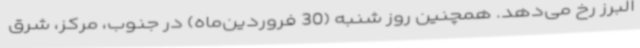
البرز رخ می‌دهد. همچنین روز شنبه (30 فروردین‌ماه) در جنوب، مرکز، شرق